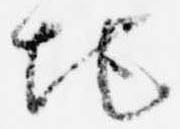
地